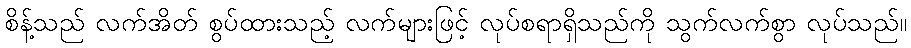
စိန့်သည် လက်အိတ် စွပ်ထားသည့် လက်များဖြင့် လုပ်စရာရှိသည်ကို သွက်လက်စွာ လုပ်သည်။